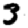
Digit: 3